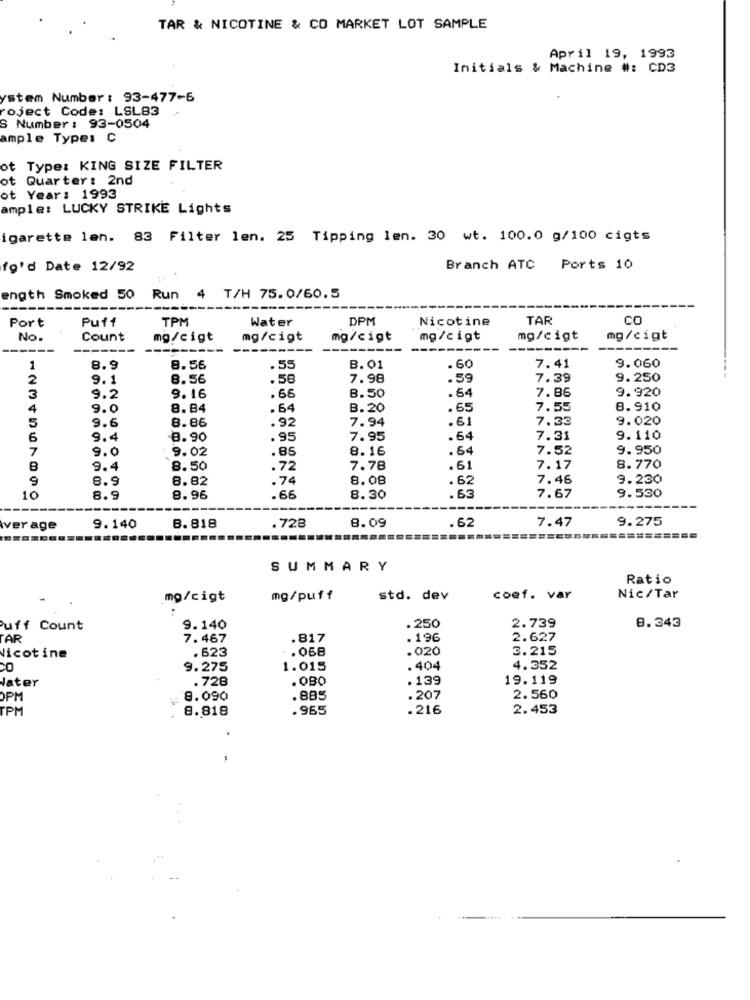
TAR & NICOTINE & CO MARKET LOT SAMPLE
April 19, 1993
Initials & Machine #: CD3
ystem Number : 93-477-5
roject Code: LSL83
S Number : 93-0504
ample Type: C
ot Type: KING SIZE FILTER
ot Quarter: 2nd
ot Year: 1993
ample: LUCKY STRIKE Lights
igarette len. 83 Filter len. 25 Tipping len. 30 wt. 100.0 g/100 cigts
fo'd Date 12/92
Branch ATC Ports 10
ength Smoked 50 Run
4
T/H 75.0/60.5
Port
Puff
TPM
Water
DPM
Nicotine
TAR
CO
No.
Count
mg/cigt
mg/cigt
mg/cigt
mg/cigt
mg/cigt
mg/cigt
----
----
1
8.9
8.56
.55
B. 01
.60
7.41
9.060
2
9.1
8.56
.56
7.98
.59
7.39
9.250
64
7.86
9.920
3
9.2
9.16
.66
8. 50
4
9.0
8.84
.64
B. 20
.65
7.55
8.910
9.6
8.86
.92
7.94
.61
7.33
9.020
5
6
9.4
8.90
.95
7.95
.64
7.31
9.110
7
9.0
: 9.02
.85
8.16
. 64
7.52
9.950
B
9.4
8.50
.72
7.76
.61
7.17
8.770
9
8.9
8.82
.74
8.08
.62
7.46
9.230
.63
10
8.9
8.96
.66
8.30
7.67
9.530
7.47
9.275
ver age
9.140
8.818
.728
8.09
.62
SUMMARY
Ratio
mg/cigt
mg/puff
std. dev
coef. var
Nic/Tar
2.739
uff Count
9.140
. 250
8.343
AR
7.467
.817
. 196
2.627
. 068
.020
3.215
Nicotine
. 623
9.275
1.015
.404
4.352
.728
.OBO
. 139
19.119
Jater
OPM
8.090
.885
.207
2.560
PM
8.818
.965
.216
2.453